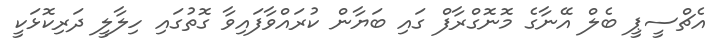
އެޗްސީޕީ ބެލް އޭނާގެ މޮނޮގްރާފް ގައި ބަޔާން ކުރައްވާފައިވާ ގޮތުގައި ހިލާލީ ދަރިކޮޅަކީ